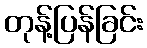
တုန့်ပြန်ခြင်း